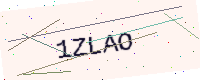
Text: 1ZLAO